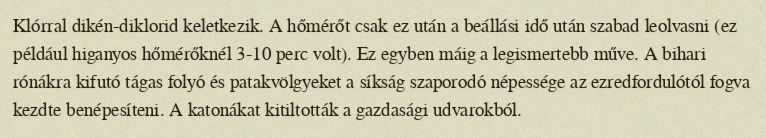
Klórral dikén-diklorid keletkezik. A hőmérőt csak ez után a beállási idő után szabad leolvasni (ez például higanyos hőmérőknél 3-10 perc volt). Ez egyben máig a legismertebb műve. A bihari rónákra kifutó tágas folyó és patakvölgyeket a síkság szaporodó népessége az ezredfordulótól fogva kezdte benépesíteni. A katonákat kitiltották a gazdasági udvarokból.